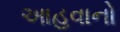
આહવાનો